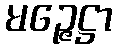
မဉ္ဇေဋ္ဌာ